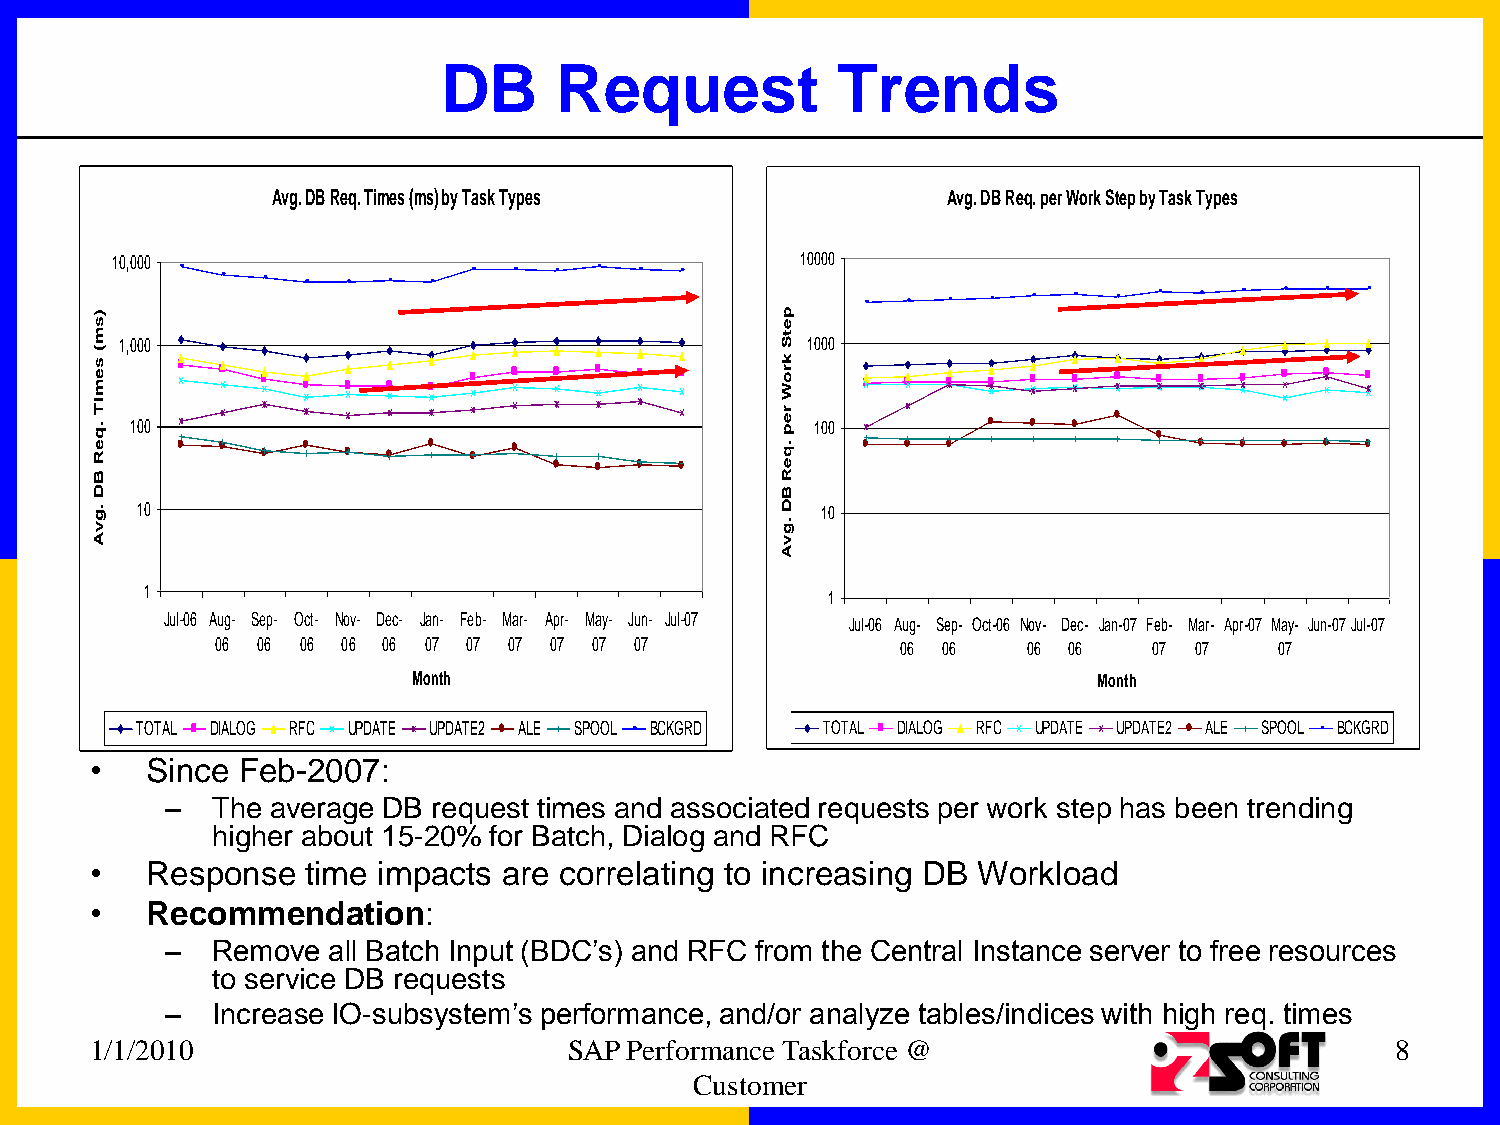
DB      Request           Trends
 Avg. DB Req. Times (ms) by Task Types        Avg. DB Req. per Work Step by Task Types
 10,000                                        10000
 )                                             p
 s                                             e
 m 1,000                                       tS 1000
 (
 s e                                           k r o
 m                                             W
 iT
 r
 .q 100
 e
 p 100
 e
 R
 .q
 e
 B                                             R
 D                                             B
 .g
 v
 10                                         D
 .g
 10
 A                                             v
 A
 1
 1
 Jul-06 Aug- Sep- Oct- Nov- Dec- Jan- Feb- Mar- Apr- May- Jun- Jul-07 Jul-06 Aug- Sep- Oct-06 Nov- Dec- Jan-07 Feb- Mar- Apr-07 May- Jun-07Jul-07
 06 06 06 06 06 07 07 07 07 07 07              06 06   06 06   07 07    07
 Month                                         Month
 TOTAL DIALOG RFC UPDATE UPDATE2 ALE SPOOL BCKGRD TOTAL DIALOG RFC UPDATE UPDATE2 ALE SPOOL BCKGRD
 •   Since Feb-2007:
 –  The average DB request times and associated requests per work step has been trending
 higher about 15-20% for Batch, Dialog and RFC
 •   Response  time impacts are correlating to increasing DB Workload
 •   Recommendation:
 –  Remove  all Batch Input (BDC’s) and RFC from the Central Instance server to free resources
 to service DB requests
 –  Increase IO-subsystem’s performance, and/or analyze tables/indices with high req. times
 1/1/2010                        SAP Performance Taskforce @                           8
 Customer